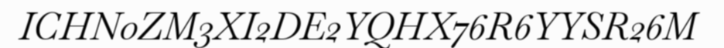
ICHN0ZM3XI2DE2YQHX76R6YYSR26M